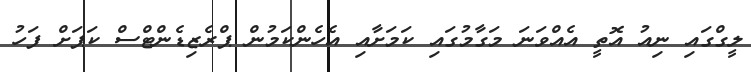
ލީގްގައި ނިއު އޮތީ އެއްވަނަ މަގާމުގައި ކަމަށާއި އެހެންކަމުން ޕްރެޒިޑެންޓްސް ކަޕަށް ފަހު